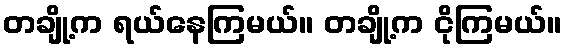
တချို့က ရယ်နေကြမယ်။ တချို့က ငိုကြမယ်။